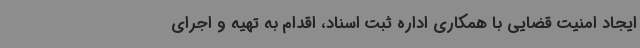
ایجاد امنیت قضایی با همکاری اداره ثبت اسناد، اقدام به تهیه و اجرای